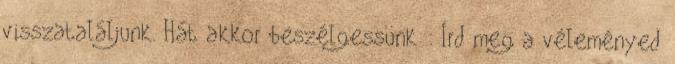
visszataláljunk. Hát akkor beszélgessünk : Írd meg a véleményed